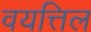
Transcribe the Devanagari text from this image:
वयत्तिल